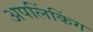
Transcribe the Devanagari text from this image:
अपलिंकिंग